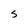
Character: S